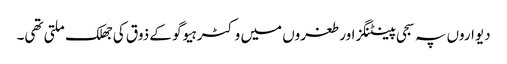
دیواروں پہ سجی پینٹنگز اور طغروں میں وکٹر ہیوگو کے ذوق کی جھلک ملتی تھی۔